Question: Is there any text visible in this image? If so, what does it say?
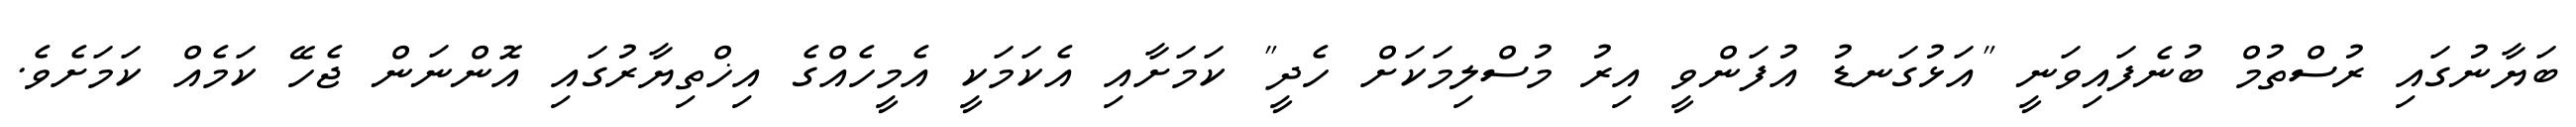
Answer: ބަޔާނުގައި ރުސްތުމް ބުނެފައިވަނީ "އަޅުގަނޑު އުފަންވީ އިރު މުސްލިމަކަށް ހެދީ" ކަމަށާއި އެކަމަކީ އެމީހެއްގެ އިޚްތިޔާރުގައި އޮންނަން ޖެހޭ ކަމެއް ކަމަށެވެ.